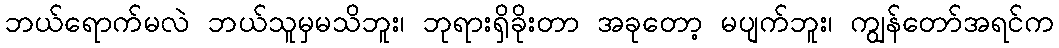
ဘယ်ရောက်မလဲ ဘယ်သူမှမသိဘူး၊ ဘုရားရှိခိုးတာ အခုတော့ မပျက်ဘူး၊ ကျွန်တော်အရင်က